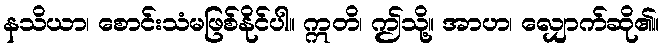
နသိယာ၊ စောင်းသံမဖြစ်နိုင်ပါ။ ဣတိ၊ ဤသို့။ အာဟ၊ လျှောက်ဆို၏။